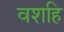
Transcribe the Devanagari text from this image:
वशहि